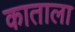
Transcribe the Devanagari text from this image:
काताला